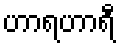
ဟာရဟာရီ